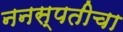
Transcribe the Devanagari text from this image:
ननस्पतीचा